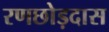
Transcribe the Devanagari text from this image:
रणछोड़दास